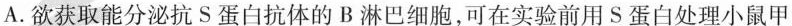
A.欲获取能分泌抗S蛋白抗体的B淋巴细胞，可在实验前用S蛋白处理小鼠甲